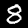
Label: 8